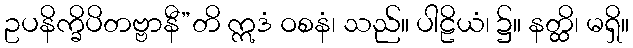
ဥပနိက္ခိပိတဗ္ဗာနီ”တိ ဣဒံ ဝစနံ၊ သည်။ ပါဠိယံ၊ ၌။ နတ္ထိ၊ မရှိ။